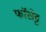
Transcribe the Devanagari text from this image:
फॉसेट्ट